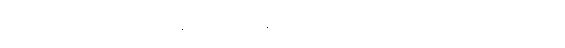
ယင်းအချက်သည် လူတိုင်းနေ့စဉ်လိုလို ပြောဆိုတွေ့မြင်သုံးစွဲနေကြသော အချက်ဖြစ်သည်။